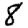
Digit: 8